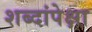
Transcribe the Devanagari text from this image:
शब्दांपेक्षा